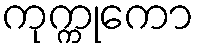
ကုက္ကုကော